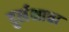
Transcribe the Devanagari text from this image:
दुर्लक्षाचा